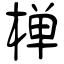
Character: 椫